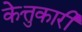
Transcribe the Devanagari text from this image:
केत्तुकारी